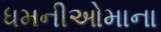
ધમનીઓમાના